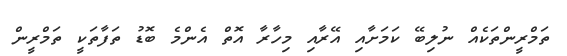
ތަމްރީންތަކެއް ނުލިބޭ ކަމަށާއި އޭރާއި މިހާރާ އޮތް އެންމެ ބޮޑު ތަފާތަކީ ތަމްރީން